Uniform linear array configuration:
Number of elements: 64
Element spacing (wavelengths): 0.25
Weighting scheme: cosine
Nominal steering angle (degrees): -15
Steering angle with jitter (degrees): -15.705
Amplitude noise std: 0.05
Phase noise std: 0.05

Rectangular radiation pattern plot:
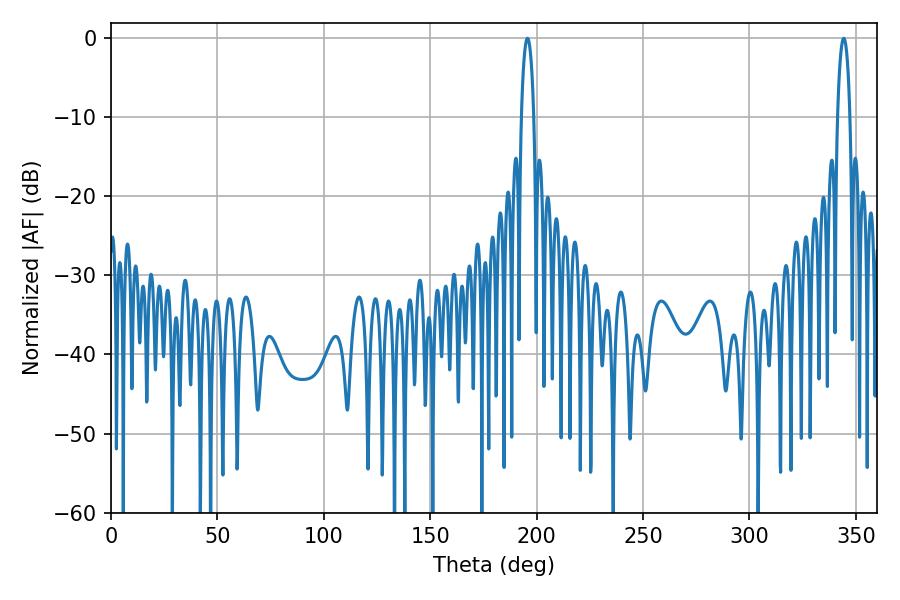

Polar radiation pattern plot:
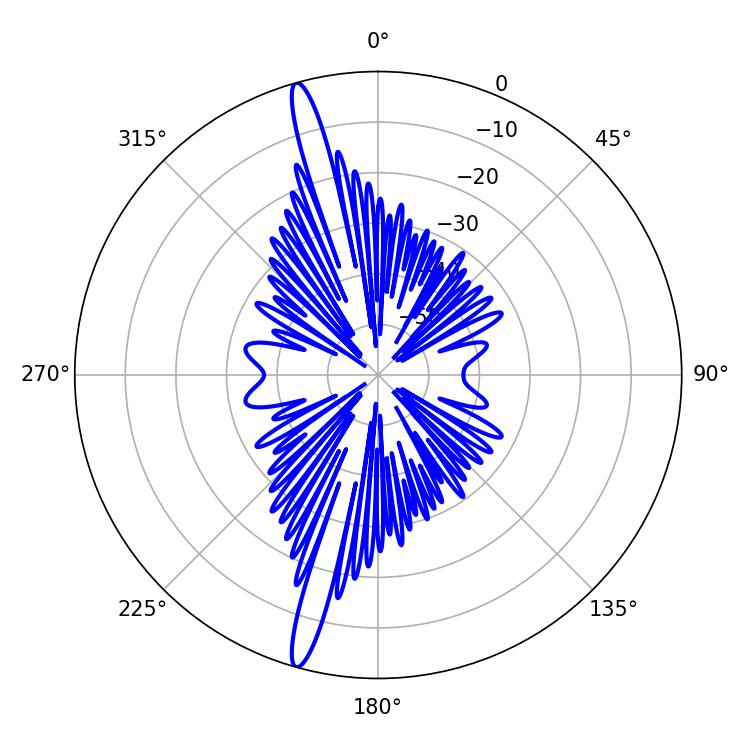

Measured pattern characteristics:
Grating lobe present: FALSE
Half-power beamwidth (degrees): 3.24
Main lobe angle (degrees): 195.66